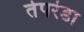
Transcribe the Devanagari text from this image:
तेपरंडा